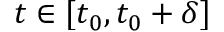
t \in [ t _ { 0 } , t _ { 0 } + \delta ]